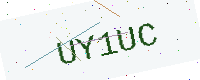
Text: UY1UC